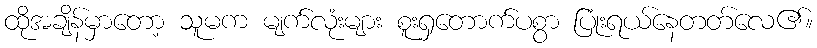
ထိုအချိန်မှာတော့ သူမက မျက်လုံးများ စူးရှတောက်ပစွာ ပြုံးရယ်နေတတ်လေ၏။